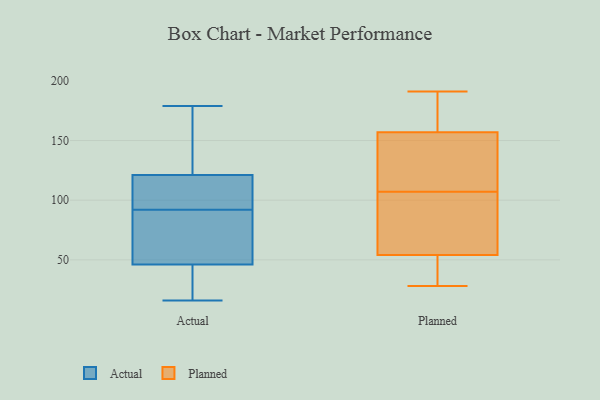
{"axis": {"x": "Revenue (USD Million)", "y": "Value"}, "legend": ["Actual", "Planned"], "data": [{"x": "", "y": 16, "type": "Actual"}, {"x": "", "y": 108, "type": "Actual"}, {"x": "", "y": 106, "type": "Actual"}, {"x": "", "y": 42, "type": "Actual"}, {"x": "", "y": 78, "type": "Actual"}, {"x": "", "y": 179, "type": "Actual"}, {"x": "", "y": 135, "type": "Actual"}, {"x": "", "y": 46, "type": "Actual"}, {"x": "", "y": 109, "type": "Actual"}, {"x": "", "y": 61, "type": "Actual"}, {"x": "", "y": 175, "type": "Actual"}, {"x": "", "y": 73, "type": "Actual"}, {"x": "", "y": 121, "type": "Actual"}, {"x": "", "y": 16, "type": "Actual"}, {"x": "", "y": 87, "type": "Planned"}, {"x": "", "y": 114, "type": "Planned"}, {"x": "", "y": 158, "type": "Planned"}, {"x": "", "y": 53, "type": "Planned"}, {"x": "", "y": 54, "type": "Planned"}, {"x": "", "y": 157, "type": "Planned"}, {"x": "", "y": 191, "type": "Planned"}, {"x": "", "y": 28, "type": "Planned"}, {"x": "", "y": 105, "type": "Planned"}, {"x": "", "y": 109, "type": "Planned"}]}